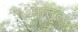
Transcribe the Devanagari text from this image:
मातृ्त्व